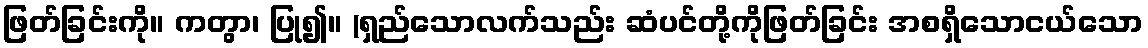
ဖြတ်ခြင်းကို။ ကတွာ၊ ပြု၍။ (ရှည်သောလက်သည်း ဆံပင်တို့ကိုဖြတ်ခြင်း အစရှိသောငယ်သော